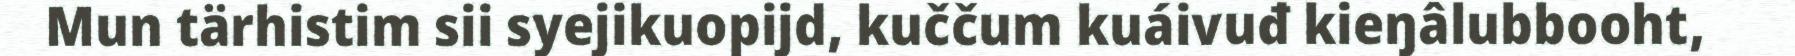
Mun tärhistim sii syejikuopijd, kuččum kuáivuđ kieŋâlubbooht,